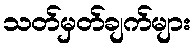
သတ်မှတ်ချက်များ